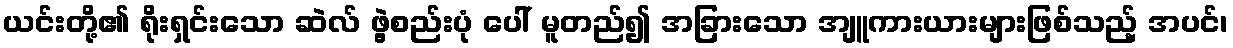
ယင်းတို့၏ ရိုးရှင်းသော ဆဲလ် ဖွဲ့စည်းပုံ ပေါ် မူတည်၍ အခြားသော အျူကားယားများဖြစ်သည့် အပင်၊